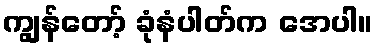
ကျွန်တော့် ခုံနံပါတ်က အေပါ။